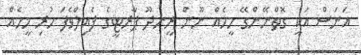
އަނަސް އަކީ ގޮތްނޭންގޭ މީހެއް ނޫން ރީނދޫ ޕާރޓީގެ ފެއިލްވެފަ ހުރި މީހެއް